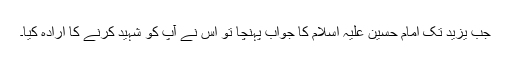
جب یزید تک امام حسین علیہ اسلام کا جواب پہنچا تو اُس نے آپ کو شہید کرنے کا ارادہ کیا۔